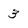
Character: 3